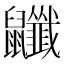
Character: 𪖎